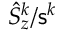
\hat { S } _ { z } ^ { k } / { \sf s } ^ { k }